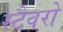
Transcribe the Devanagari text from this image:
स्टैवरो